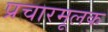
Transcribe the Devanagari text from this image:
प्रचारमूलक